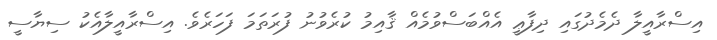
އިސްރާއީލާ ދެމެދުގައި ދިފާޢީ އެއްބަސްވުމެއް ޤާއިމު ކުރެވުނު ފުރަތަމަ ފަހަރެވެ. އިސްރާއީލާއެކު ސިޔާސީ